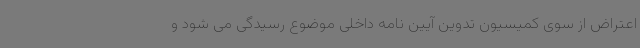
اعتراض از سوی کمیسیون تدوین آیین نامه داخلی موضوع رسیدگی می شود و